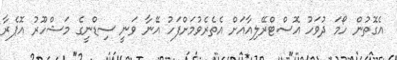
އެގޮތުން ހޯމަ ދުވަހު އޮސްޓްރޭލިއާއަށް އެތެރެވުމަށްފަހު އޭނާ ވަނީ ސިޑްނީގެ މަޝްހޫރު އޮޕެރާ